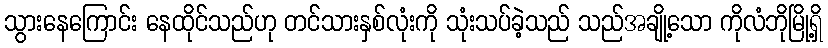
သွားနေကြောင်း နေထိုင်သည်ဟု တင်သားနှစ်လုံးကို သုံးသပ်ခဲ့သည် သည်အချို့သော ကိုလံဘိုမြို့ရှိ